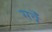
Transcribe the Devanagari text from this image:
सर्वँ